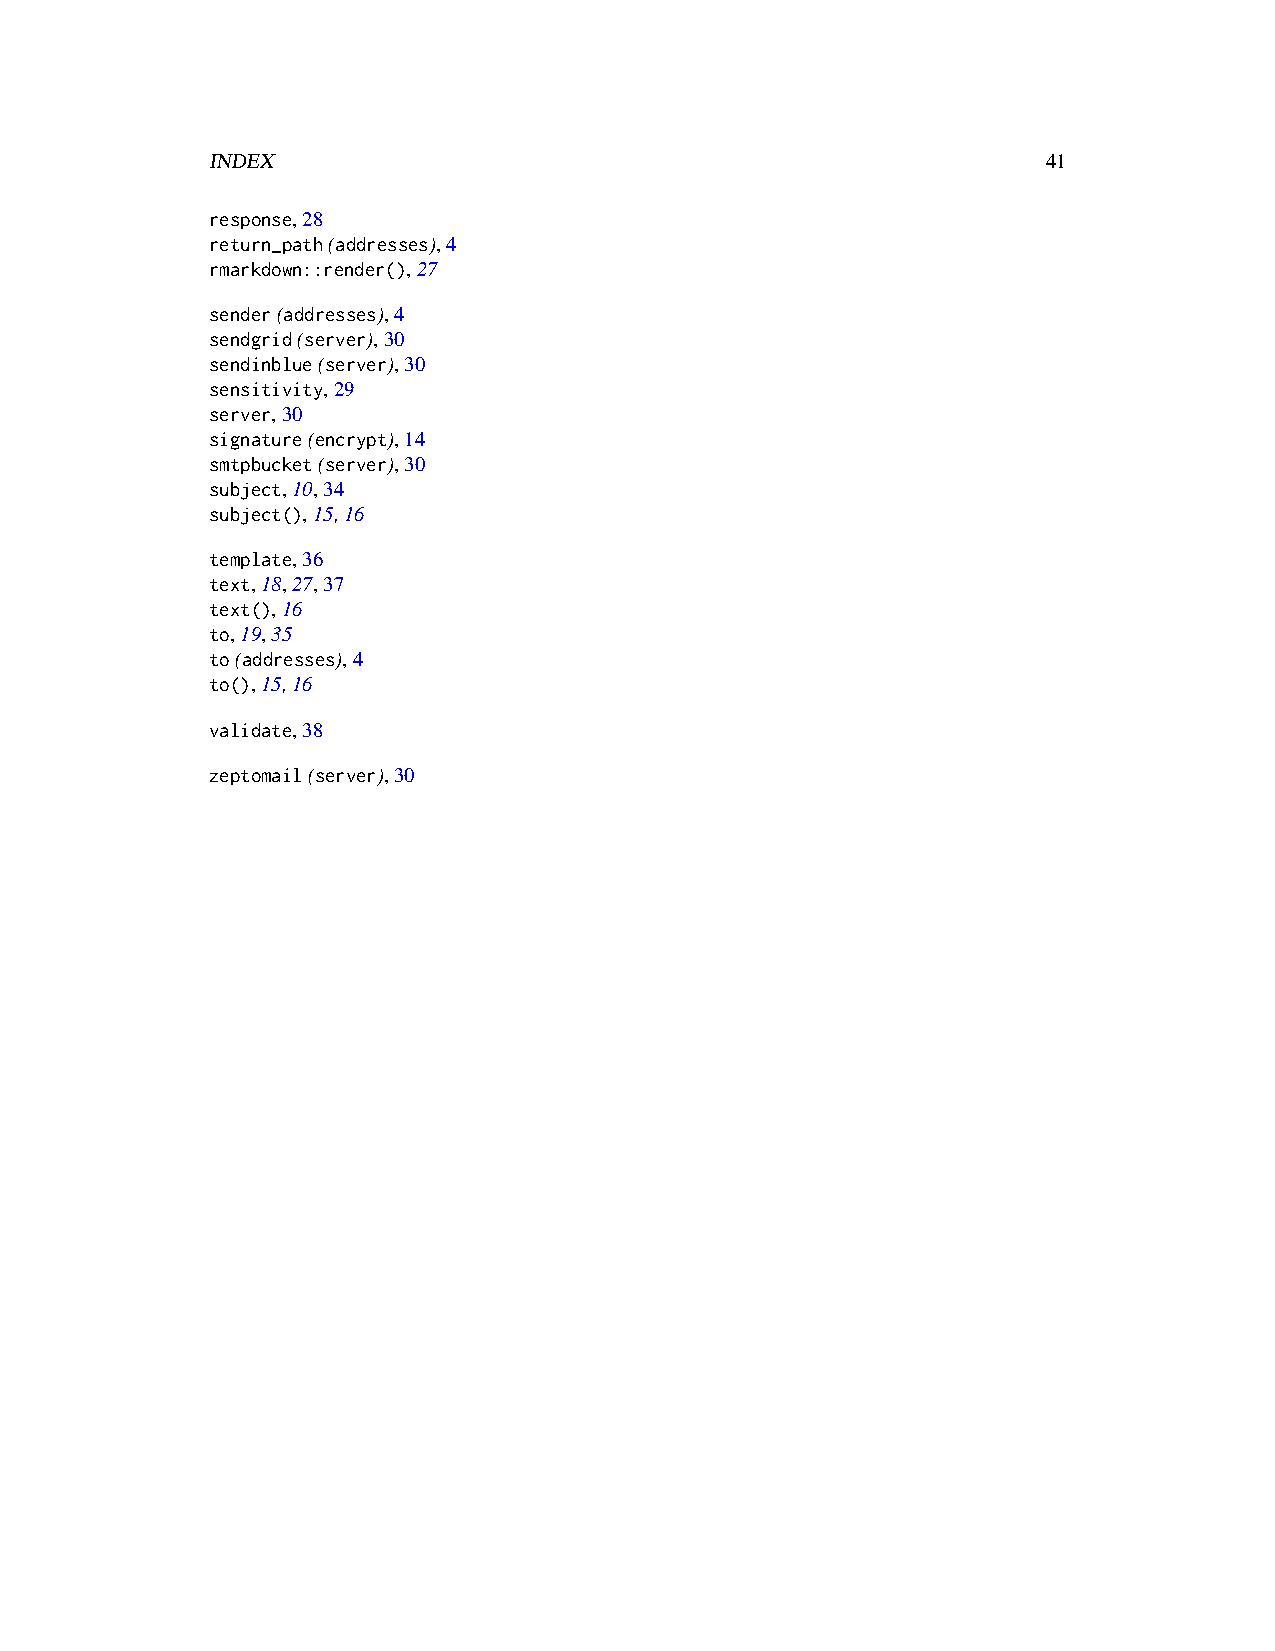
INDEX                                                  41
 response,28
 return_path(addresses),4
 rmarkdown::render(),27
 sender(addresses),4
 sendgrid(server),30
 sendinblue(server),30
 sensitivity,29
 server,30
 signature(encrypt),14
 smtpbucket(server),30
 subject,10,34
 subject(),15,16
 template,36
 text,18,27,37
 text(),16
 to,19,35
 to(addresses),4
 to(),15,16
 validate,38
 zeptomail(server),30